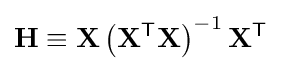
\mathbf {H} \equiv \mathbf {X} \left(\mathbf {X} ^{\mathsf {T}}\mathbf {X} \right)^{-1}\mathbf {X} ^{\mathsf {T}}